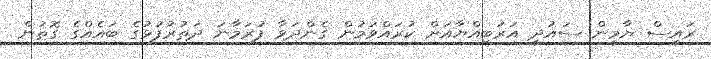
ރައީސް ޔާމީން ސައުދީ އަރަބިއްޔާއަށް ކުރައްވަމުން ގެންދަވާ ފުރަމާނަ ދަތުރުފުޅުގެ ބައެއްގެ ގޮތުން